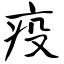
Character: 疫